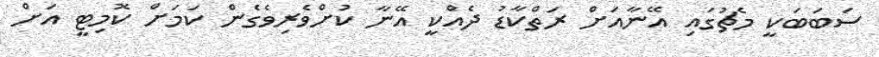
ސަބަބަކީ މެޗުގައި އޭނާއަށް ރަތްކާޑު ދެއްކީ އޭނާ ކުށްވެރިވެގެން ކަމަށް ކޮމިޓީ އަށް